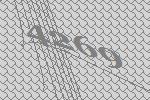
4269